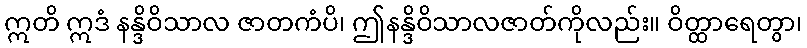
ဣတိ ဣဒံ နန္ဒိဝိသာလ ဇာတကံပိ၊ ဤနန္ဒိဝိသာလဇာတ်ကိုလည်း။ ဝိတ္ထာရေတွာ၊